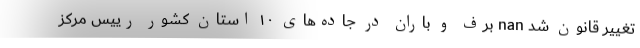
تغییر قانون شد nan برف و باران در جاده‌های ۱۰ استان کشور رییس مرکز